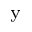
_ \mathrm { y }